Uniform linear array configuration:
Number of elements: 64
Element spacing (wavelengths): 0.5
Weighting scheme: hann
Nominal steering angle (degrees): -45
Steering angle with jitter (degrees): -45.371
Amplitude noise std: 0.05
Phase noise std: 0.05

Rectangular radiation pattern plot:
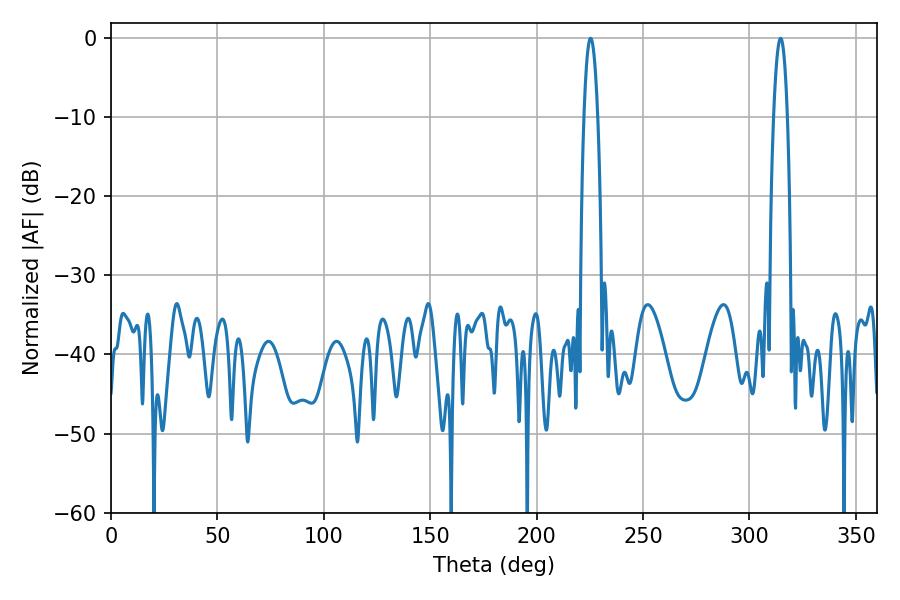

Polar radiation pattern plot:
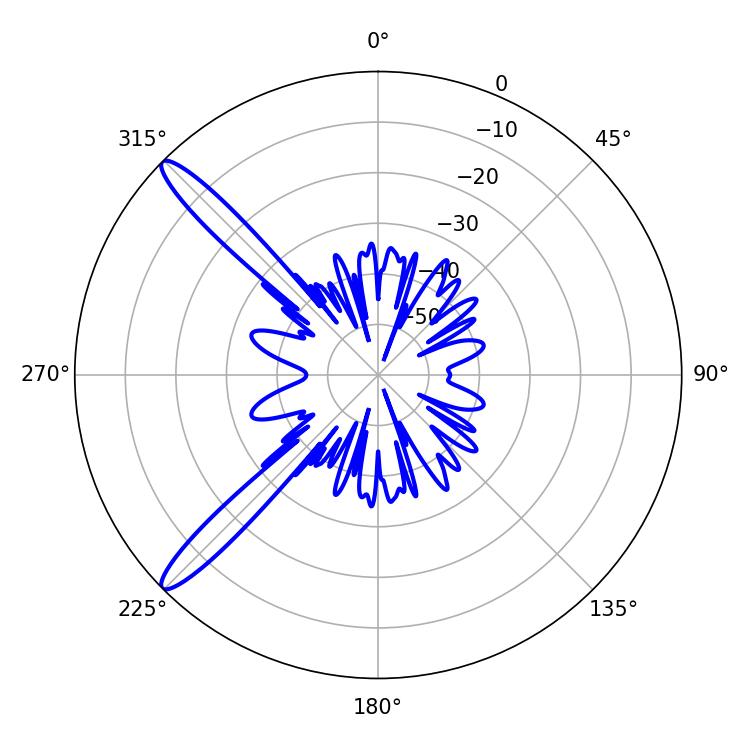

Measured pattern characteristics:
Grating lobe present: FALSE
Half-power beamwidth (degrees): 3.6
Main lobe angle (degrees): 225.36